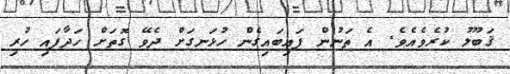
ޤަބޫލު ކުރެވެއެވެ. އެ ތަނުން ފައިބައިގެން ހުޅަނގަށް ދެވޭ ގޮތަށް ހަދާފައި ހުރި